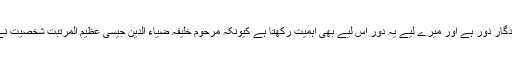
آپ نے کہا کہ اسکول کا زمانہ ہر کسی کے لیے یادگار دور ہے اور میرے لیے یہ دور اس لیے بھی اہمیت رکھتا ہے کیونکہ مرحوم خلیفہ ضیاء الدین جیسی عظیم المرتبت شخصیت نے تعلیم کے ساتھ میری خوبصورت تربیت بھی کی۔